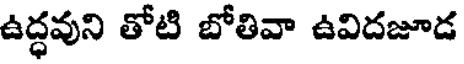
ఉద్ధవుని తోటి బోతివా ఉవిదజూడ